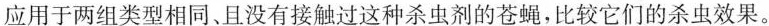
应用于两组类型相同、且没有接触过这种杀虫剂的苍蝇，比较它们的杀虫效果。